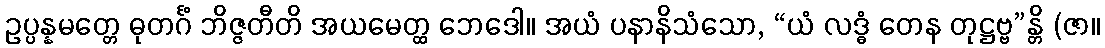
ဥပ္ပန္နမတ္တေ ဓုတင်္ဂံ ဘိဇ္ဇတီတိ အယမေတ္ထ ဘေဒေါ။ အယံ ပနာနိသံသော, “ယံ လဒ္ဓံ တေန တုဋ္ဌဗ္ဗ”န္တိ (ဇာ။